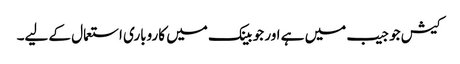
کیش جو جیب میں ہے اور جو بینک میں کاروباری استعمال کے لیے۔